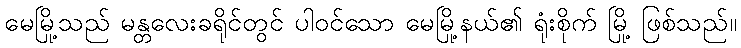
မေမြို့သည် မန္တလေးခရိုင်တွင် ပါဝင်သော မေမြို့နယ်၏ ရုံးစိုက် မြို့ ဖြစ်သည်။